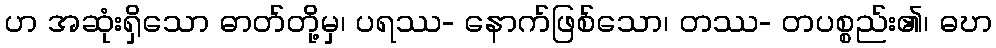
ဟ အဆုံးရှိသော ဓာတ်တို့မှ၊ ပရဿ- နောက်ဖြစ်သော၊ တဿ- တပစ္စည်း၏၊ ဓဎာ